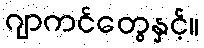
ဂျာကင်တွေနှင့်။